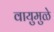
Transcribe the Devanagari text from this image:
वायुमुळे